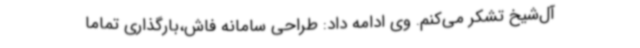
آل‌شیخ تشکر می‌کنم. وی ادامه داد: طراحی سامانه فاش،بارگذاری تماما